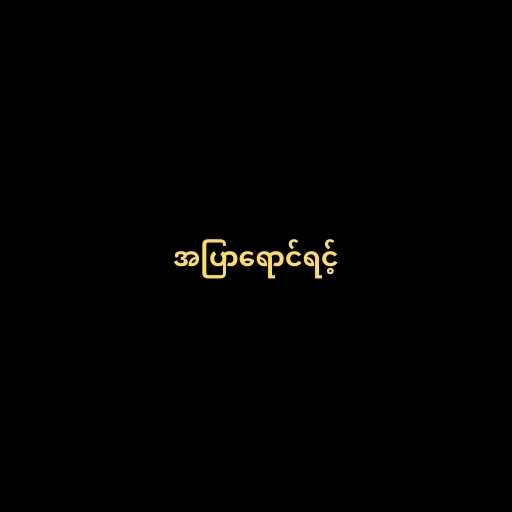
အပြာရောင်ရင့်